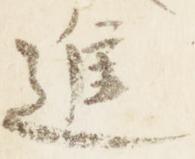
進